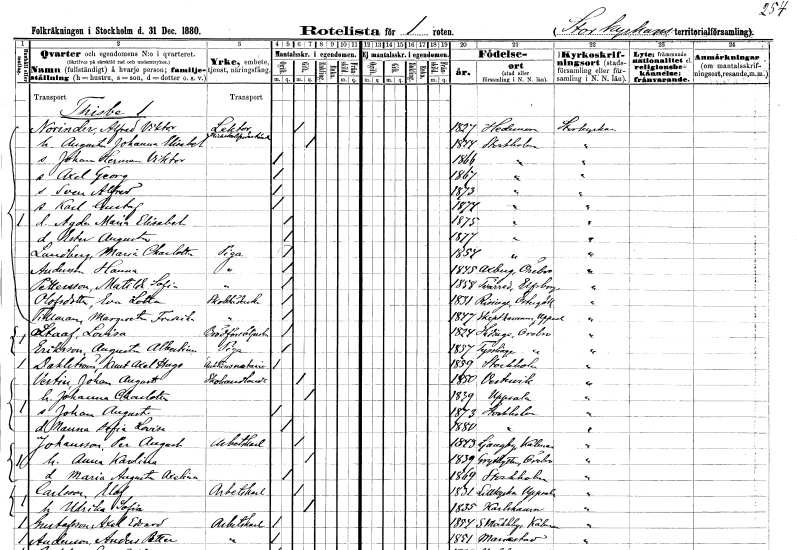
gt_parse: households: individuals: FN: Alfred Viktor
EN: Norinder
YRKE: Lektor Föreståndare för flickskola
KON: M
CIV: G
FODAR: 1827
FODFORS: Hedemora Kopparbergs län
FN: Augusta Johanna Elisabet
KON: K
CIV: G
FODAR: 1844
FODFORS: Stockholm
FN: Johan Herman Viktor
KON: M
CIV: O
FODAR: 1866
FODFORS: Stockholm
FN: Axel Georg
KON: M
CIV: O
FODAR: 1867
FODFORS: Stockholm
FN: Sven Alfred
KON: M
CIV: O
FODAR: 1873
FODFORS: Stockholm
FN: Karl Gustaf
KON: M
CIV: O
FODAR: 1874
FODFORS: Stockholm
FN: Agda Maria Elisabet
KON: K
CIV: O
FODAR: 1875
FODFORS: Stockholm
FN: Ester Augusta
KON: K
CIV: O
FODAR: 1877
FODFORS: Stockholm
FN: Maria Charlotta
EN: Lundberg
YRKE: Piga
KON: K
CIV: O
FODAR: 1854
FODFORS: Stockholm
FN: Hanna
EN: Andersson
YRKE: Piga
KON: K
CIV: O
FODAR: 1845
FODFORS: Axberg Örebro län
FN: Matilda Sofia
EN: Pettersson
YRKE: Piga
KON: K
CIV: O
FODAR: 1858
FODFORS: Tvärred Älvsborgs län
FN: Eva Lotta
EN: Olofsdotter
YRKE: Skolstäderska
KON: K
CIV: O
FODAR: 1831
FODFORS: Risinge Östergötlands län
FN: Margareta Fredrika
EN: Tillman
YRKE: Skolstäderska
KON: K
CIV: O
FODAR: 1847
FODFORS: Skäfthammar Uppsala län
FN: Lovisa
EN: Staaf
YRKE: Brödförsäljerska
KON: K
CIV: O
FODAR: 1824
FODFORS: Hidinge Örebro län
FN: Augusta Albertina
EN: Eriksson
YRKE: Piga
KON: K
CIV: O
FODAR: 1857
FODFORS: Tysslinge Örebro län
FN: Knut Axel Hugo
EN: Dahlström
YRKE: Auktionsnotarie
KON: M
CIV: O
FODAR: 1859
FODFORS: Stockholm
FN: Johan August
EN: Vestin
YRKE: Skohandlare
KON: M
CIV: G
FODAR: 1850
FODFORS: Västervik Kalmar län
FN: Johanna Charlotta
KON: K
CIV: G
FODAR: 1839
FODFORS: Uppsala Uppsala län
FN: Johan August
KON: M
CIV: O
FODAR: 1873
FODFORS: Stockholm
FN: Nanna Sofia Lovisa
KON: K
CIV: O
FODAR: 1880
FODFORS: Stockholm
FN: Per August
EN: Johansson
YRKE: Arbetskarl
KON: M
CIV: G
FODAR: 1843
FODFORS: Ljungby Kalmar län
FN: Anna Karolina
KON: K
CIV: G
FODAR: 1839
FODFORS: Grythyttan Örebro län
FN: Maria Augusta Axelina
KON: K
CIV: O
FODAR: 1869
FODFORS: Stockholm
FN: Elof
EN: Carlsson
YRKE: Arbetskarl
KON: M
CIV: G
FODAR: 1831
FODFORS: Lillkyrka Uppsala län
FN: Ulrika Sofia
KON: K
CIV: G
FODAR: 1835
FODFORS: Karlshamn Blekinge län